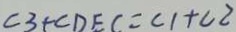
\angle 3 + \angle D E C = \angle 1 + \angle 2